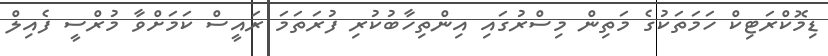
ޑިމޮކްރަޓިކް ހަމަތަކުގެ މަތިން މިސްރުގައި އިންތިހާބުކުރި ފުރަތަމަ ރައީސް ކަމަށްވާ މުރްސީ ފެއިލް